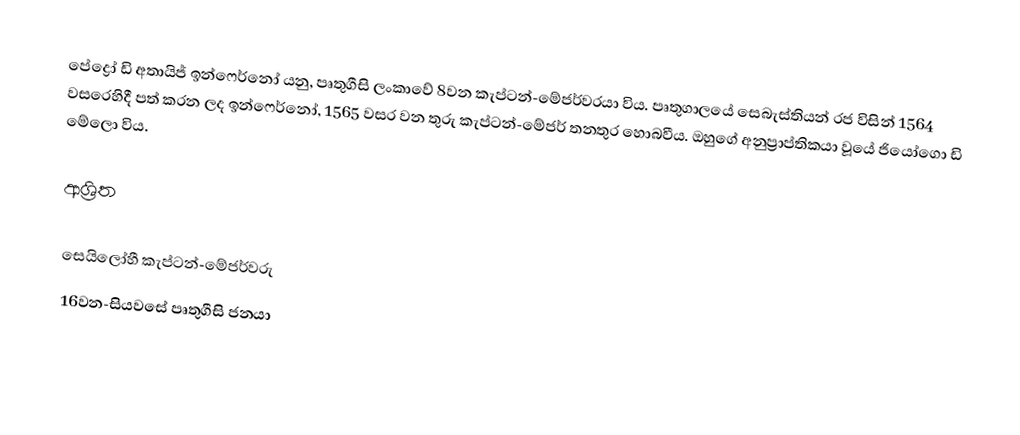
පේද්‍රෝ ඩි අතායිජ් ඉන්ෆෙර්නෝ යනු, පෘතුගීසි ලංකාවේ 8වන  කැප්ටන්-මේජර්වරයා විය.  පෘතුගාලයේ සෙබැස්තියන් රජ විසින් 1564 වසරෙහිදී පත් කරන ලද ඉන්ෆෙර්නෝ, 1565 වසර වන තුරු කැප්ටන්-මේජර් තනතුර හොබවීය. ඔහුගේ අනුප්‍රාප්තිකයා වූයේ ජියෝගො ඩි මේලො විය.

ආශ්‍රිත

 සෙයිලෝහී කැප්ටන්-මේජර්වරු
16වන-සියවසේ පෘතුගීසි ජනයා